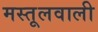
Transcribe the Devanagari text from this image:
मस्तूलवाली